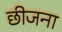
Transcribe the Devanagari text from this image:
छीजना